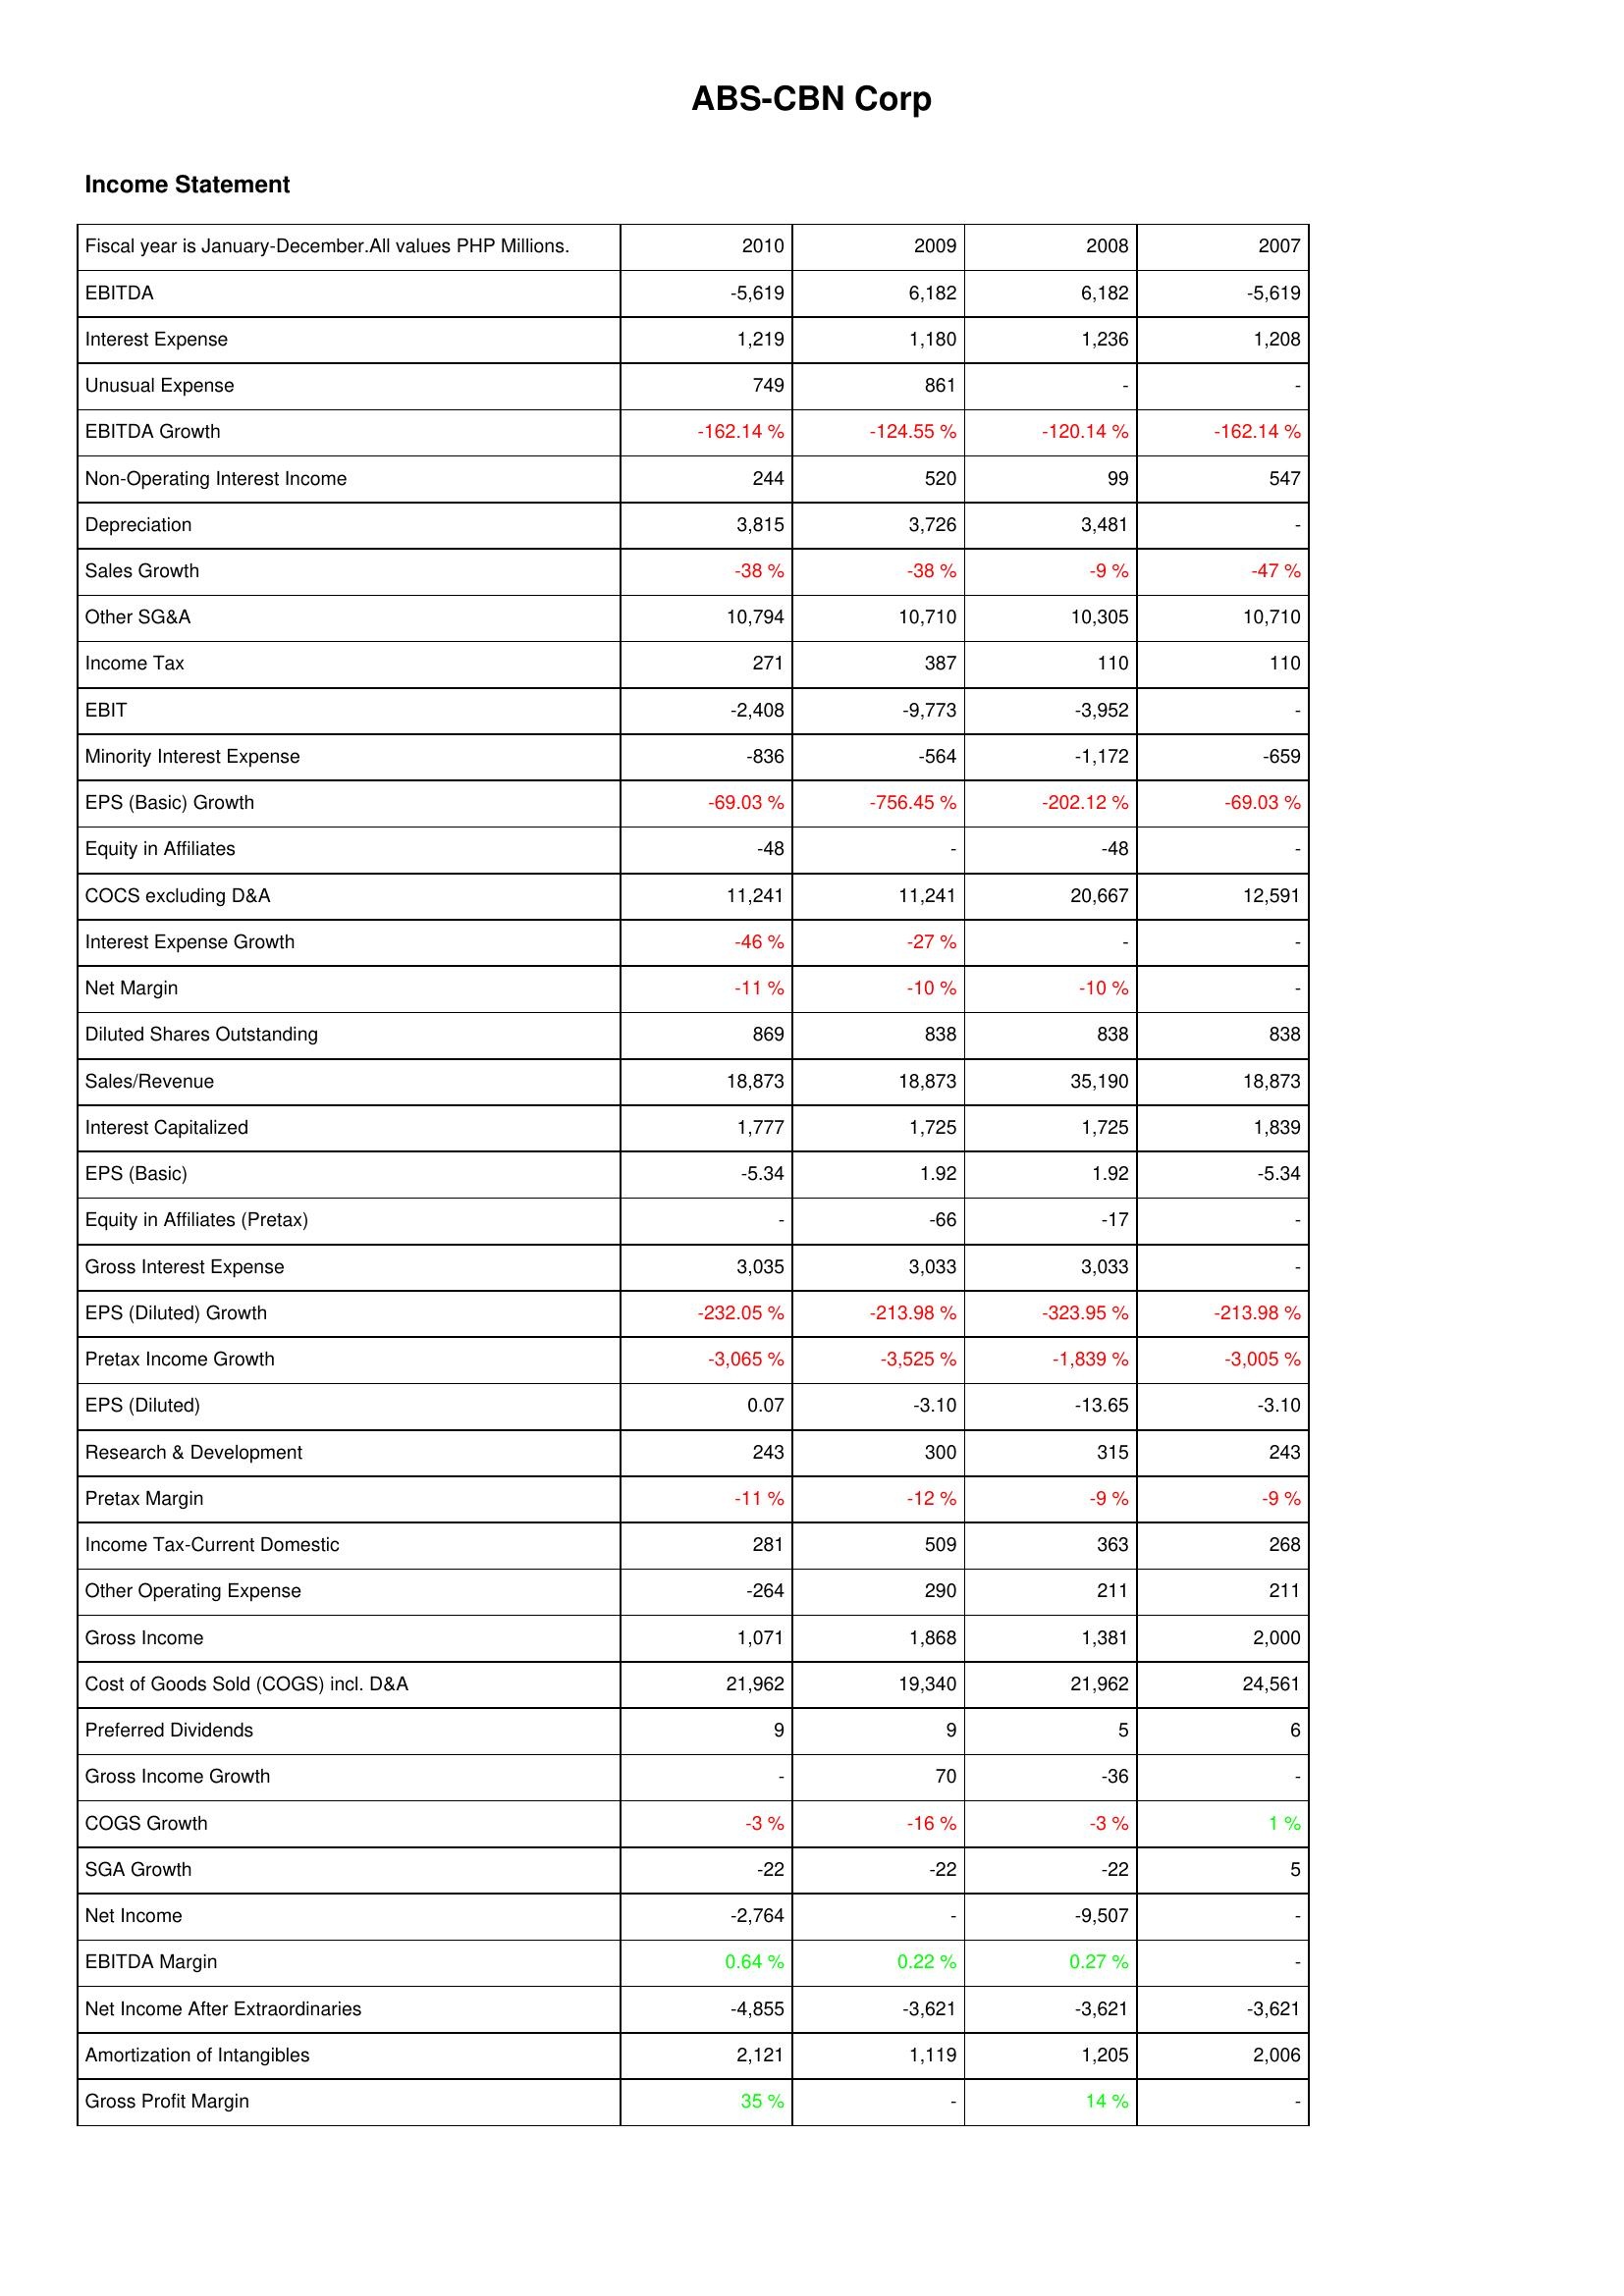
2010: Income Statement: EBITDA: -5,619
Interest Expense: 1,219
Unusual Expense: 749
EBITDA Growth: -162.14 %
Non-Operating Interest Income: 244
Depreciation: 3,815
Sales Growth: -38 %
Other SG&A: 10,794
Income Tax: 271
EBIT: -2,408
Minority Interest Expense: -836
EPS (Basic) Growth: -69.03 %
Equity in Affiliates: -48
COCS excluding D&A: 11,241
Interest Expense Growth: -46 %
Net Margin: -11 %
Diluted Shares Outstanding: 869
Sales/Revenue: 18,873
Interest Capitalized: 1,777
EPS (Basic): -5.34
Equity in Affiliates (Pretax): -
Gross Interest Expense: 3,035
EPS (Diluted) Growth: -232.05 %
Pretax Income Growth: -3,065 %
EPS (Diluted): 0.07
Research & Development: 243
Pretax Margin: -11 %
Income Tax-Current Domestic: 281
Other Operating Expense: -264
Gross Income: 1,071
Cost of Goods Sold (COGS) incl. D&A: 21,962
Preferred Dividends: 9
Gross Income Growth: -
COGS Growth: -3 %
SGA Growth: -22
Net Income: -2,764
EBITDA Margin: 0.64 %
Net Income After Extraordinaries: -4,855
Amortization of Intangibles: 2,121
Gross Profit Margin: 35 %
2009: Income Statement: EBITDA: 6,182
Interest Expense: 1,180
Unusual Expense: 861
EBITDA Growth: -124.55 %
Non-Operating Interest Income: 520
Depreciation: 3,726
Sales Growth: -38 %
Other SG&A: 10,710
Income Tax: 387
EBIT: -9,773
Minority Interest Expense: -564
EPS (Basic) Growth: -756.45 %
Equity in Affiliates: -
COCS excluding D&A: 11,241
Interest Expense Growth: -27 %
Net Margin: -10 %
Diluted Shares Outstanding: 838
Sales/Revenue: 18,873
Interest Capitalized: 1,725
EPS (Basic): 1.92
Equity in Affiliates (Pretax): -66
Gross Interest Expense: 3,033
EPS (Diluted) Growth: -213.98 %
Pretax Income Growth: -3,525 %
EPS (Diluted): -3.10
Research & Development: 300
Pretax Margin: -12 %
Income Tax-Current Domestic: 509
Other Operating Expense: 290
Gross Income: 1,868
Cost of Goods Sold (COGS) incl. D&A: 19,340
Preferred Dividends: 9
Gross Income Growth: 70
COGS Growth: -16 %
SGA Growth: -22
Net Income: -
EBITDA Margin: 0.22 %
Net Income After Extraordinaries: -3,621
Amortization of Intangibles: 1,119
Gross Profit Margin: -
2008: Income Statement: EBITDA: 6,182
Interest Expense: 1,236
Unusual Expense: -
EBITDA Growth: -120.14 %
Non-Operating Interest Income: 99
Depreciation: 3,481
Sales Growth: -9 %
Other SG&A: 10,305
Income Tax: 110
EBIT: -3,952
Minority Interest Expense: -1,172
EPS (Basic) Growth: -202.12 %
Equity in Affiliates: -48
COCS excluding D&A: 20,667
Interest Expense Growth: -
Net Margin: -10 %
Diluted Shares Outstanding: 838
Sales/Revenue: 35,190
Interest Capitalized: 1,725
EPS (Basic): 1.92
Equity in Affiliates (Pretax): -17
Gross Interest Expense: 3,033
EPS (Diluted) Growth: -323.95 %
Pretax Income Growth: -1,839 %
EPS (Diluted): -13.65
Research & Development: 315
Pretax Margin: -9 %
Income Tax-Current Domestic: 363
Other Operating Expense: 211
Gross Income: 1,381
Cost of Goods Sold (COGS) incl. D&A: 21,962
Preferred Dividends: 5
Gross Income Growth: -36
COGS Growth: -3 %
SGA Growth: -22
Net Income: -9,507
EBITDA Margin: 0.27 %
Net Income After Extraordinaries: -3,621
Amortization of Intangibles: 1,205
Gross Profit Margin: 14 %
2007: Income Statement: EBITDA: -5,619
Interest Expense: 1,208
Unusual Expense: -
EBITDA Growth: -162.14 %
Non-Operating Interest Income: 547
Depreciation: -
Sales Growth: -47 %
Other SG&A: 10,710
Income Tax: 110
EBIT: -
Minority Interest Expense: -659
EPS (Basic) Growth: -69.03 %
Equity in Affiliates: -
COCS excluding D&A: 12,591
Interest Expense Growth: -
Net Margin: -
Diluted Shares Outstanding: 838
Sales/Revenue: 18,873
Interest Capitalized: 1,839
EPS (Basic): -5.34
Equity in Affiliates (Pretax): -
Gross Interest Expense: -
EPS (Diluted) Growth: -213.98 %
Pretax Income Growth: -3,005 %
EPS (Diluted): -3.10
Research & Development: 243
Pretax Margin: -9 %
Income Tax-Current Domestic: 268
Other Operating Expense: 211
Gross Income: 2,000
Cost of Goods Sold (COGS) incl. D&A: 24,561
Preferred Dividends: 6
Gross Income Growth: -
COGS Growth: 1 %
SGA Growth: 5
Net Income: -
EBITDA Margin: -
Net Income After Extraordinaries: -3,621
Amortization of Intangibles: 2,006
Gross Profit Margin: -